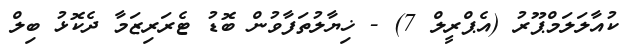
ކުއާލަލަމްޕޫރު (އެޕްރީލް 7) - ޚިޔާލުތަފާވުން ބޮޑު ޓެރަރިޒަމާ ދެކޮޅު ބިލް